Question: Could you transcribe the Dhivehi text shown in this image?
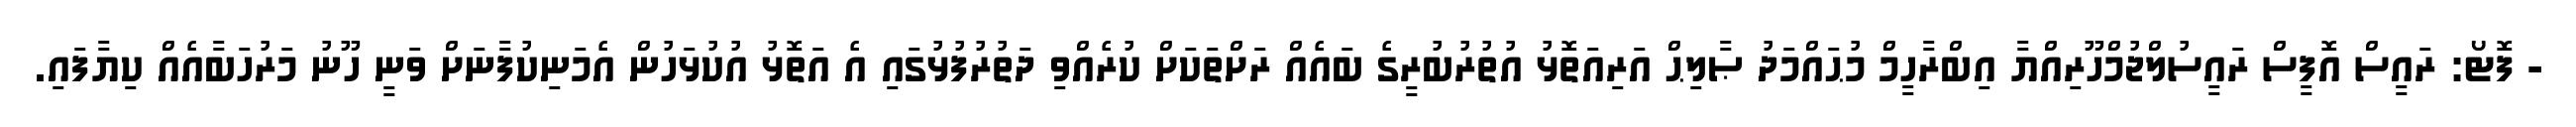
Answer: - ފޮޓޯ: ރައީސް އޮފީސް ރައީސުލްޖުމްހޫރިއްޔާ އިބްރާހީމް މުޙައްމަދު ޞާލިޙް އަރިއަތޮޅު އުތުރުބުރީގެ ބައެއް ރަށްތަކަށް ކުރެއްވި ދަތުރުފުޅުގައި އެ އަތޮޅު އުކުޅަހުން އެމަނިކުފާނަށް ވަނީ ހޫނު މަރުހަބާއެއް ކިޔާފައި.